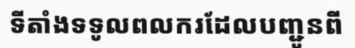
ទីតាំងទទូលពលករដែលបញ្ជូនពី